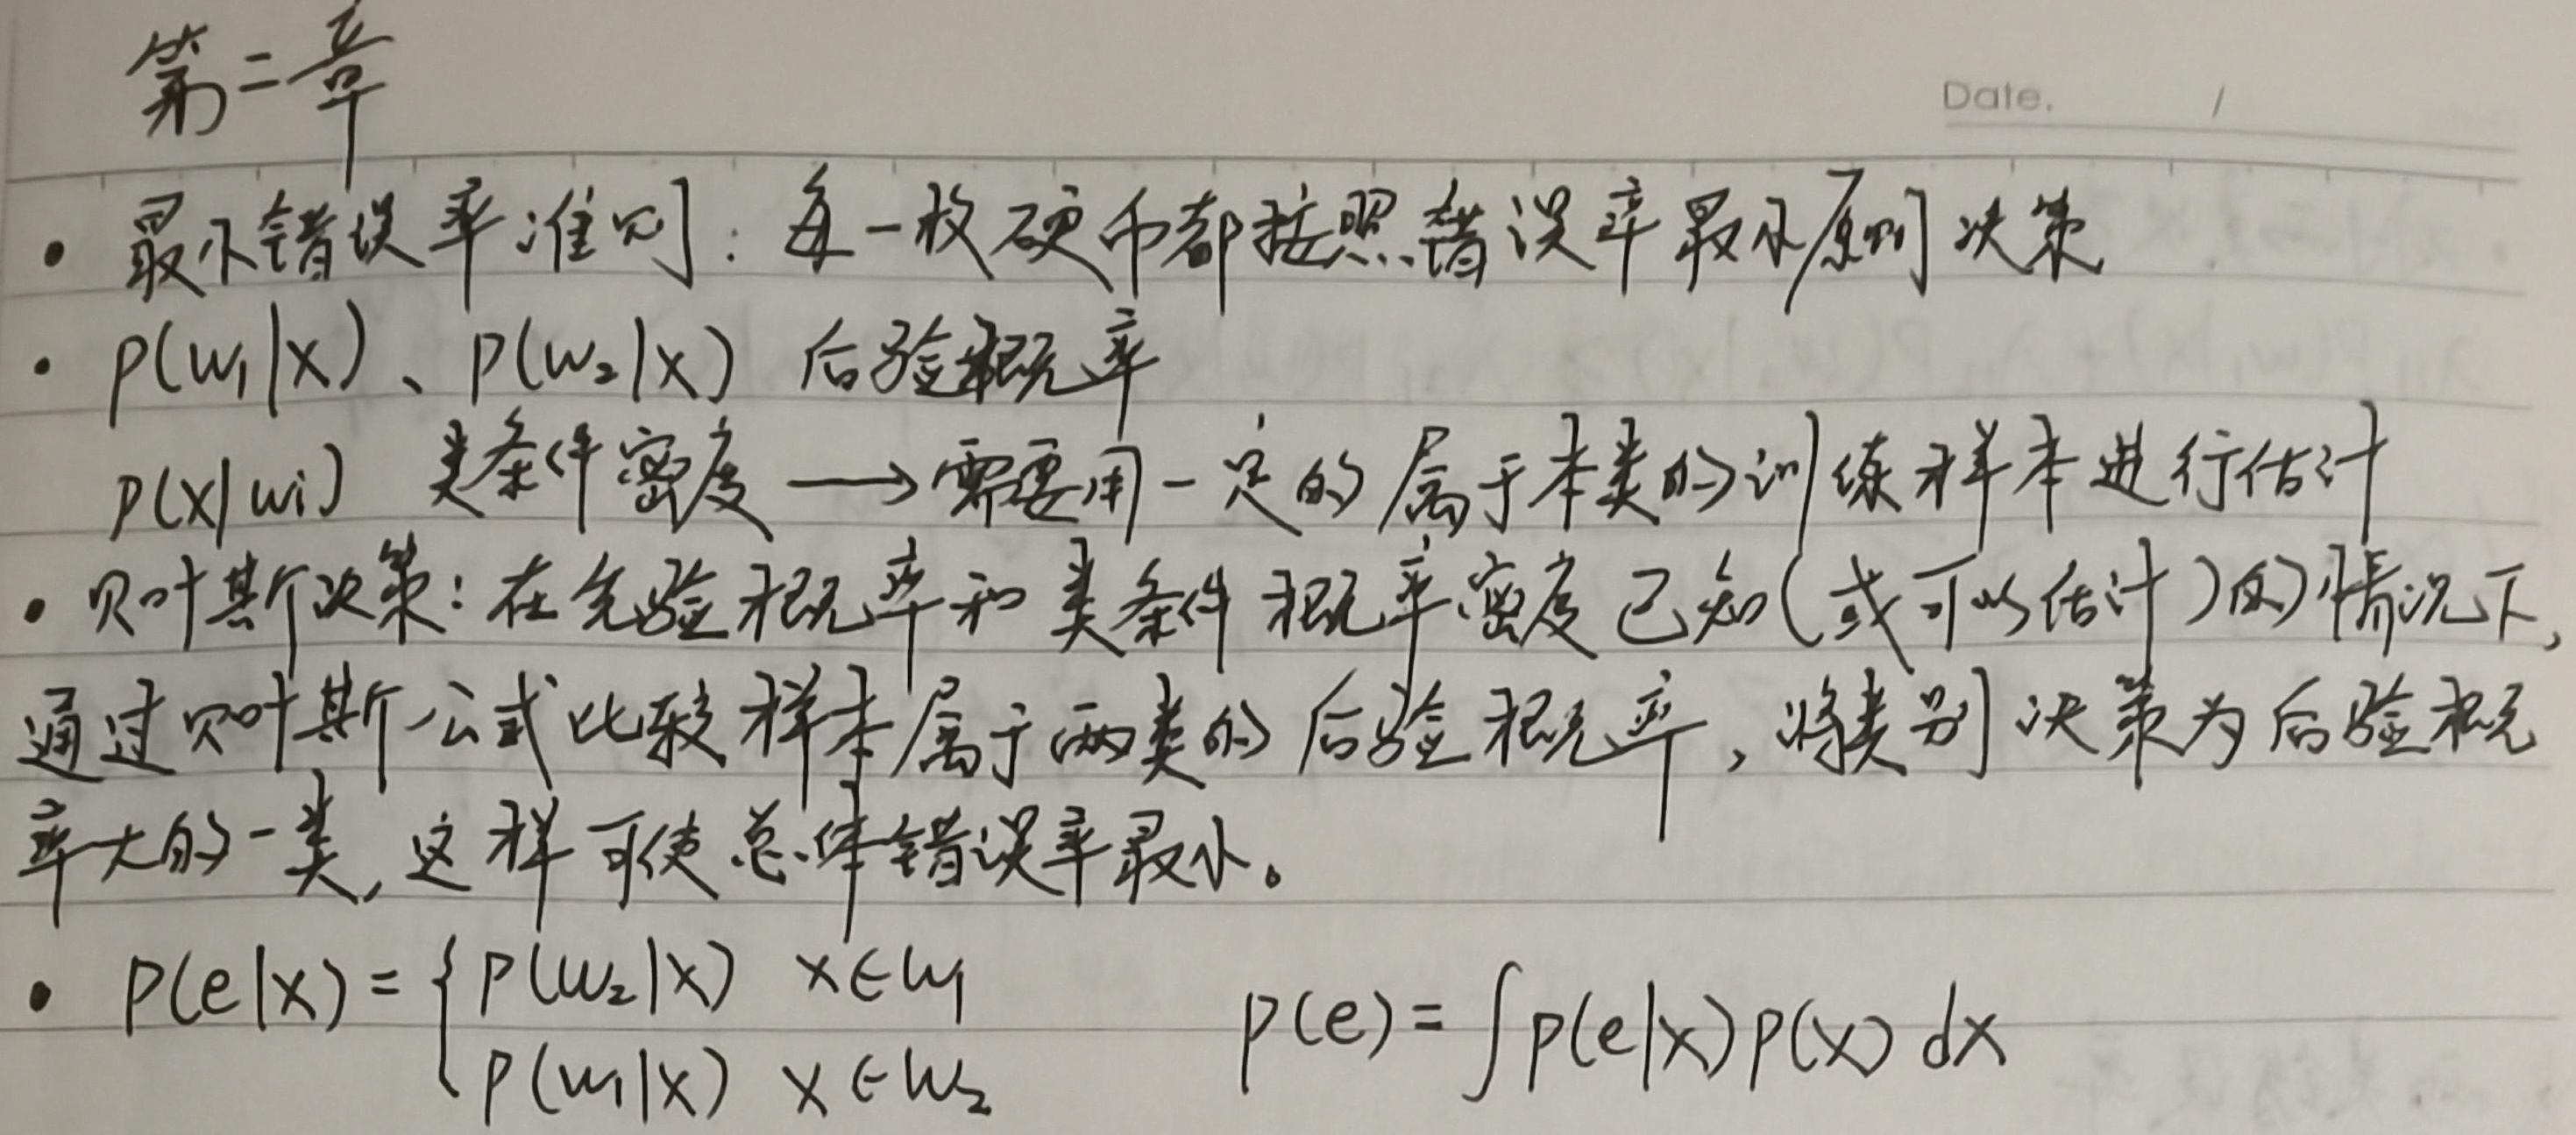
第二章

- 最小错误率准则：每一枚硬币都按照错误率最小原则决策
- \(p(w_1|x)\)、\(p(w_2|x)\) 后验概率
\(p(x|w_i)\) 类条件密度 $\longrightarrow$需要用一定的属于本类的训练样本进行估计
- 贝叶斯决策：在先验概率和类条件概率密度已知(或可以估计)的情况下，通过贝叶斯公式比较样本属于两类的后验概率，将类别决策为后验概率大的一类, 这样可使总体错误率最小。
- \(p(e|x)=
\begin{cases}
p(w_2|x) & x\in w_1\\
p(w_1|x) & x\in w_2
\end{cases}\)
\(p(e)=\int p(e|x)p(x)\mathrm{d}x\)